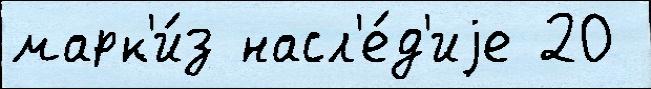
марк'и́з насл'е́д'иjе 20